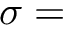
\sigma =